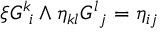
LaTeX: \xi G _ { \ i } ^ { k } \wedge \eta _ { k l } G _ { \ j } ^ { l } = \eta _ { i j }